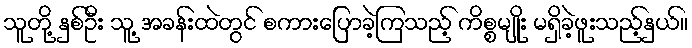
သူတို့ နှစ်ဦး သူ့ အခန်းထဲတွင် စကားပြောခဲ့ကြသည့် ကိစ္စမျိုး မရှိခဲ့ဖူးသည့်နှယ်။